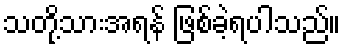
သတို့သားအရန် ဖြစ်ခဲ့ရပါသည်။